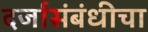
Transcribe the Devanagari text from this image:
दर्जासंबंधीचा